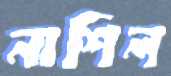
নাশিল